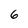
Character: 6